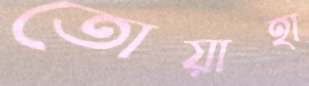
তোয়াহা